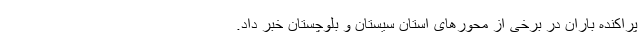
پراکنده باران در برخی از محورهای استان سیستان و بلوچستان خبر داد.